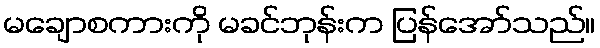
မချောစကားကို မခင်ဘုန်းက ပြန်အော်သည်။